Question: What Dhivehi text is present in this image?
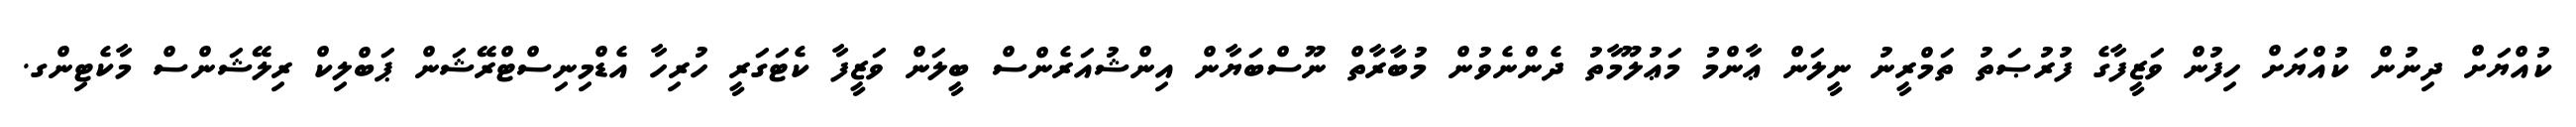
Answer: ކުއްޔަށް ދިނުން ކުއްޔަށް ހިފުން ވަޒީފާގެ ފުރުޞަތު ތަމްރީނު ނީލަން ޢާންމު މަޢުލޫމާތު ދެންނެވުން މުބާރާތް ނޫސްބަޔާން އިންޝުއަރެންސް ބީލަން ވަޒީފާ ކެޓަގަރީ ހުރިހާ އެޑްމިނިސްޓްރޭޝަން ޕަބްލިކް ރިލޭޝަންސް މާކެޓިންގ.